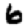
Digit: 6